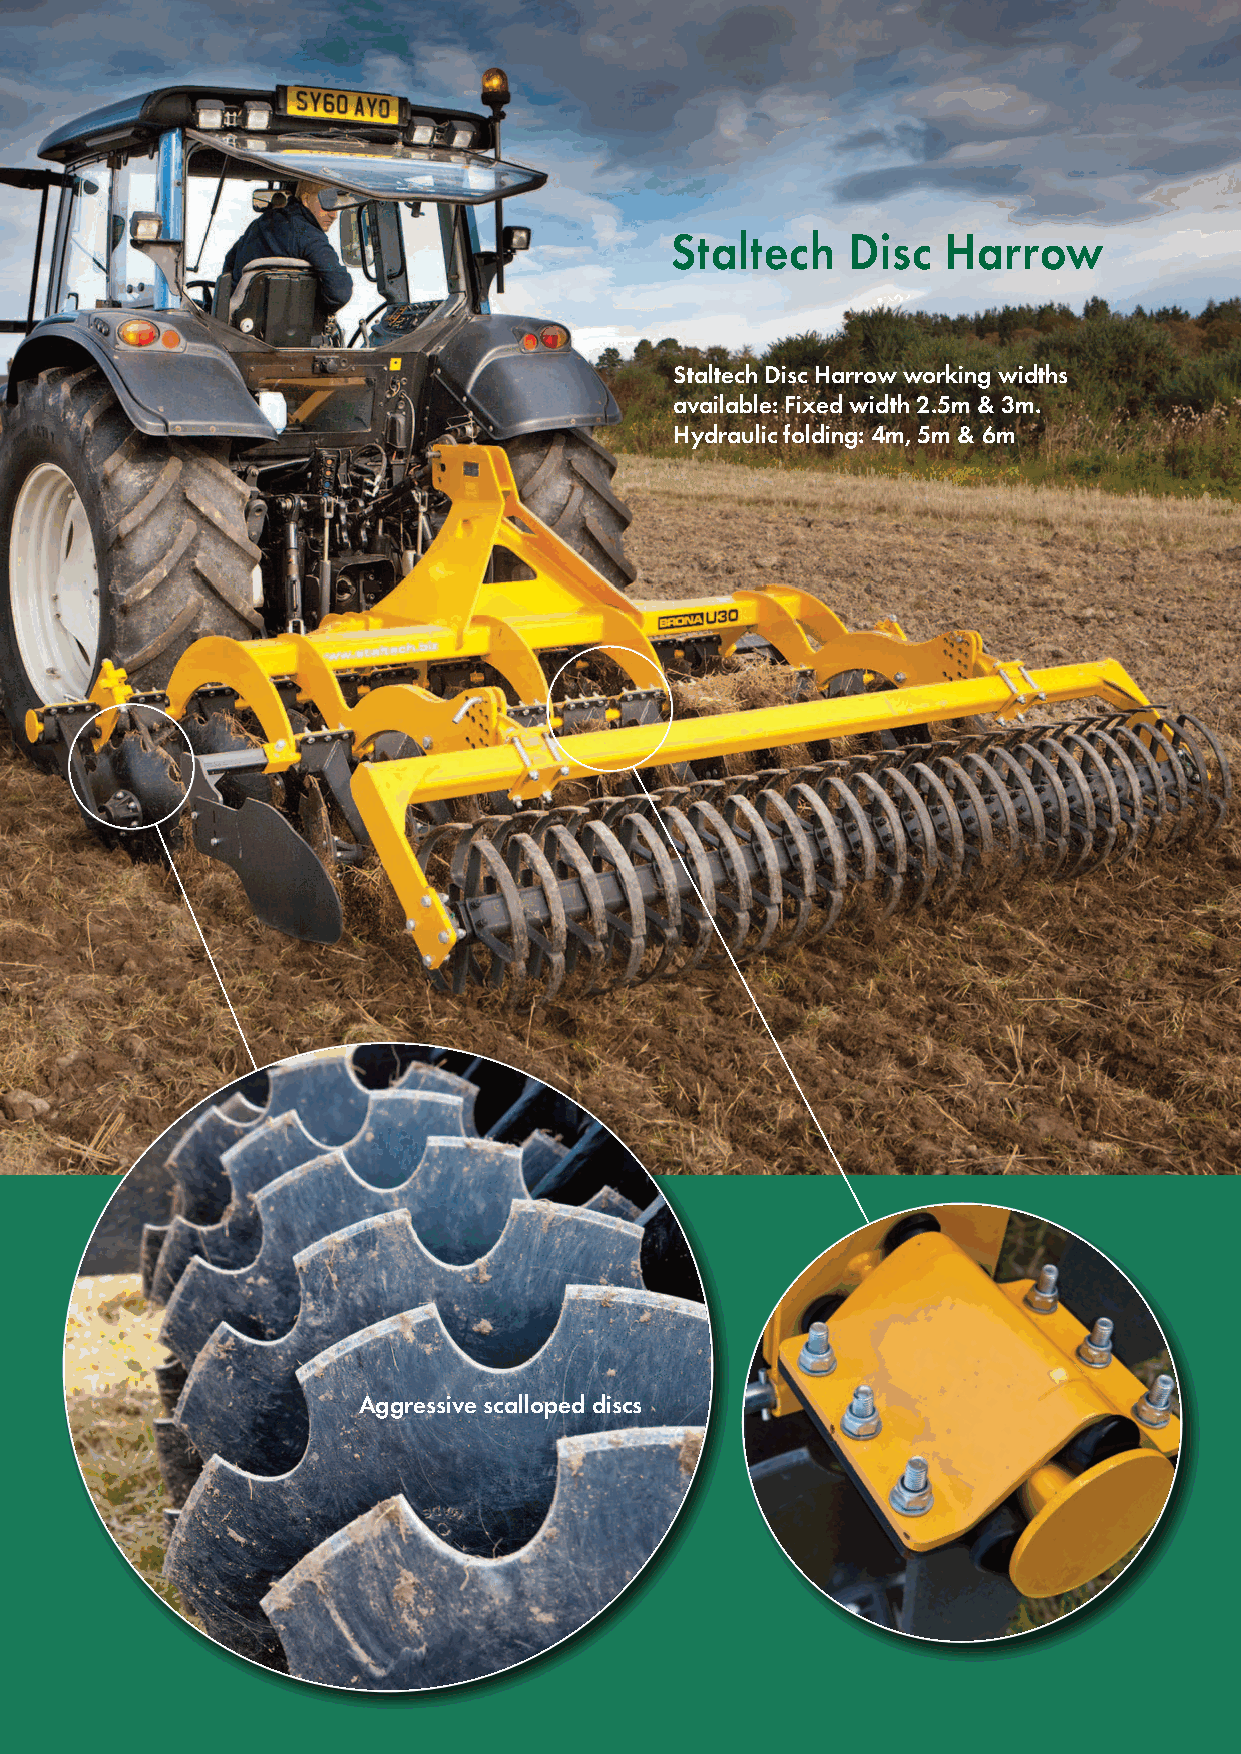
Staltech    Disc  Harrow
 Staltech Disc Harrow working widths
 available: Fixed width 2.5m & 3m.
 Hydraulic folding: 4m, 5m & 6m
 Aggressive scalloped discs